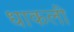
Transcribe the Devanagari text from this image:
धाकली